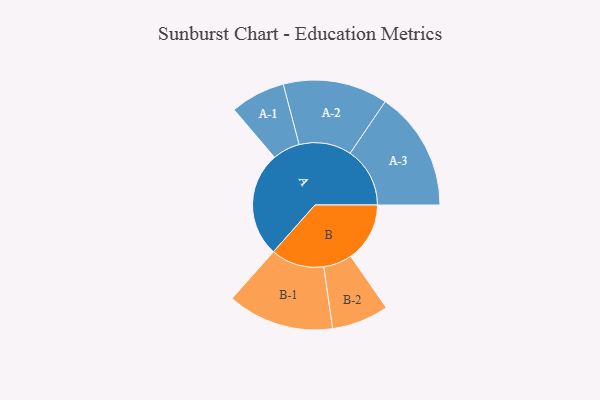
{"axis": {"x": "Segment", "y": "Value"}, "legend": ["", "A", "B"], "data": [{"x": "A", "y": 467, "type": ""}, {"x": "B", "y": 263, "type": ""}, {"x": "A-1", "y": 122, "type": "A"}, {"x": "A-2", "y": 233, "type": "A"}, {"x": "A-3", "y": 266, "type": "A"}, {"x": "B-1", "y": 237, "type": "B"}, {"x": "B-2", "y": 127, "type": "B"}]}